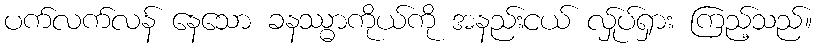
ပက်လက်လန် နေသော ခနဿ္ဓာကိုယ်ကို အနည်းငယ် လ်ှုပ်ရှား ကြည့်သည်။